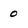
Character: 0